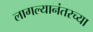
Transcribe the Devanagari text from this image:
लागल्यानंतरच्या